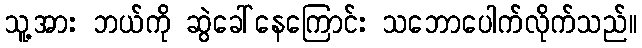
သူ့အား ဘယ်ကို ဆွဲခေါ်နေကြောင်း သဘောပေါက်လိုက်သည်။